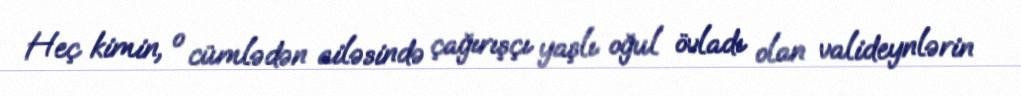
Heç kimin, o cümlədən ailəsində çağırışçı yaşlı oğul övladı olan valideynlərin